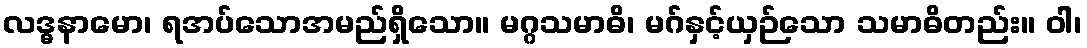
လဒ္ဓနာမော၊ ရအပ်သောအမည်ရှိသော။ မဂ္ဂသမာဓိ၊ မဂ်နှင့်ယှဉ်သော သမာဓိတည်း။ ဝါ၊